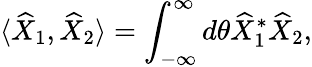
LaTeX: \langle\widehat{X}_{1},\widehat{X}_{2}\rangle=\int_{-\infty}^{\infty}d\theta\widehat{X}_{1}^{*}\widehat{X}_{2},